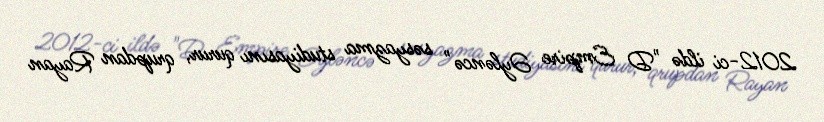
2012-ci ildə "D Empire Əyləncə" səsyazma studiyasını qurur, qrupdan Rayan